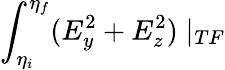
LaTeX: \int_{\eta_{i}}^{\eta_{f}}(E_{y}^{2}+E_{z}^{2})\mid_{TF}